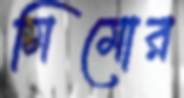
মিমোর